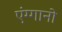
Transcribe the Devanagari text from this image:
एंग्गानो